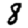
Digit: 8